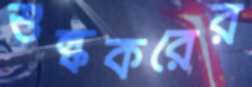
শুল্ককরের